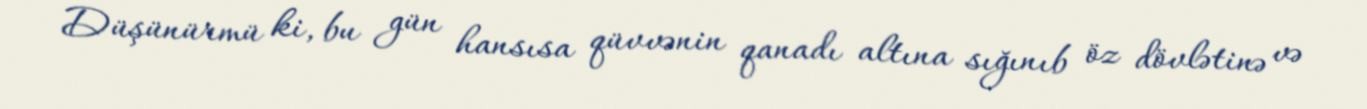
Düşünürmü ki, bu gün hansısa qüvvənin qanadı altına sığınıb öz dövlətinə və